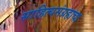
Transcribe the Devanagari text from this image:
साहित्यसंग्रहाचा